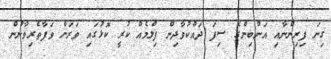
ގިނަ ފިރިންނާއި އަންބިންގެ ސިފަ ދައްކުވާދިން ފިލްމެއް ކުރީ ކޮޅުގައި ވަރަށް ވަފާތެރިވާނުން